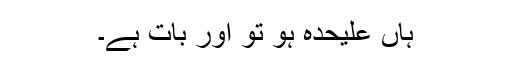
ہاں علیحدہ ہو تو اور بات ہے۔